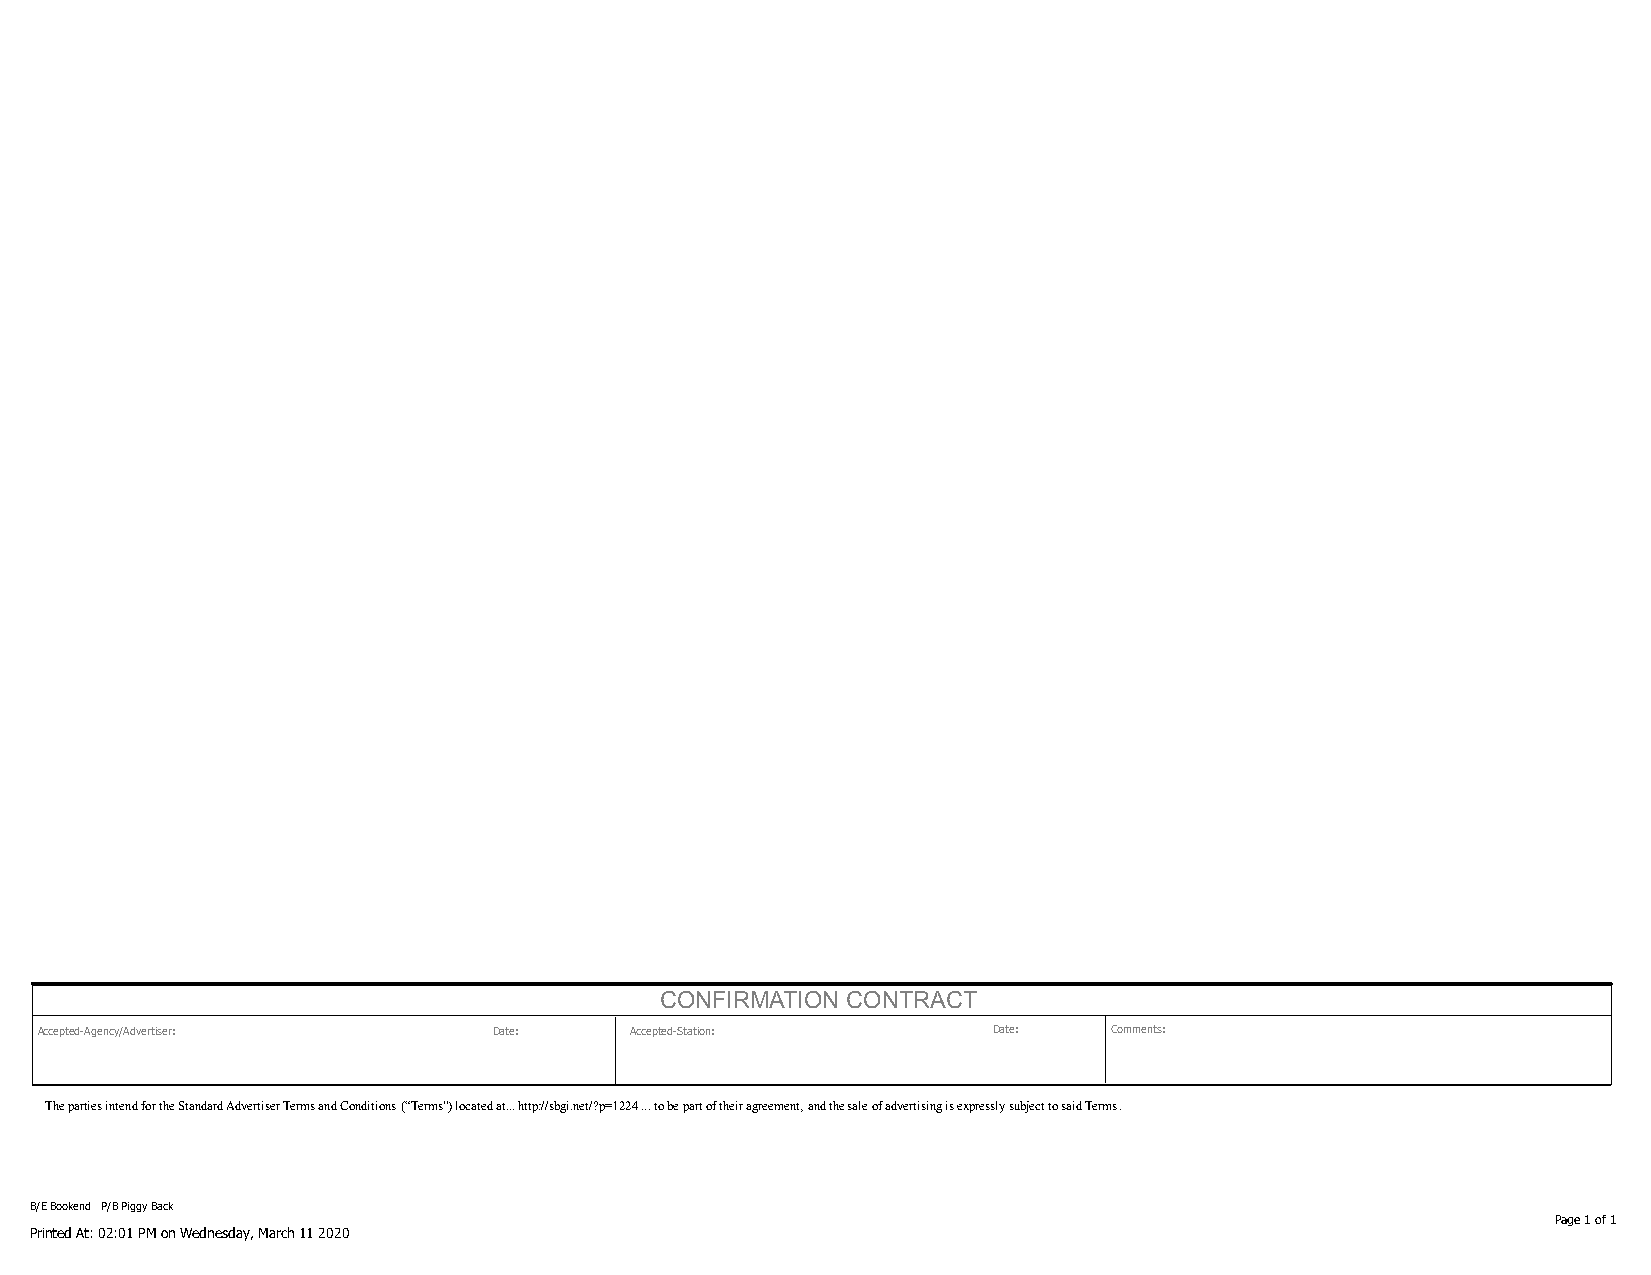
CONFIRMATION CONTRACT
 Accepted-Agency/Advertiser:   Date:    Accepted-Station:       Date:   Comments:
 The parties intend for the Standard Advertiser Terms and Conditions (“Terms”) located at... http://sbgi.net/?p=1224 ... to be part of their agreement, and the sale of advertising is expressly subject to said Terms.
 B/E Bookend P/B Piggy Back
 Page 1 of 1
 Printed At: 02:01 PM on Wednesday, March 11 2020